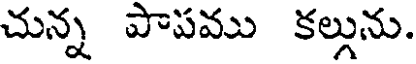
చున్న పాపము కల్గును.